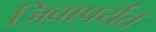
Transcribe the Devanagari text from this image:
जिवापर्यंत